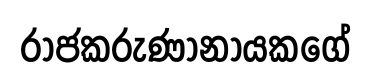
රාජකරුණානායකගේ